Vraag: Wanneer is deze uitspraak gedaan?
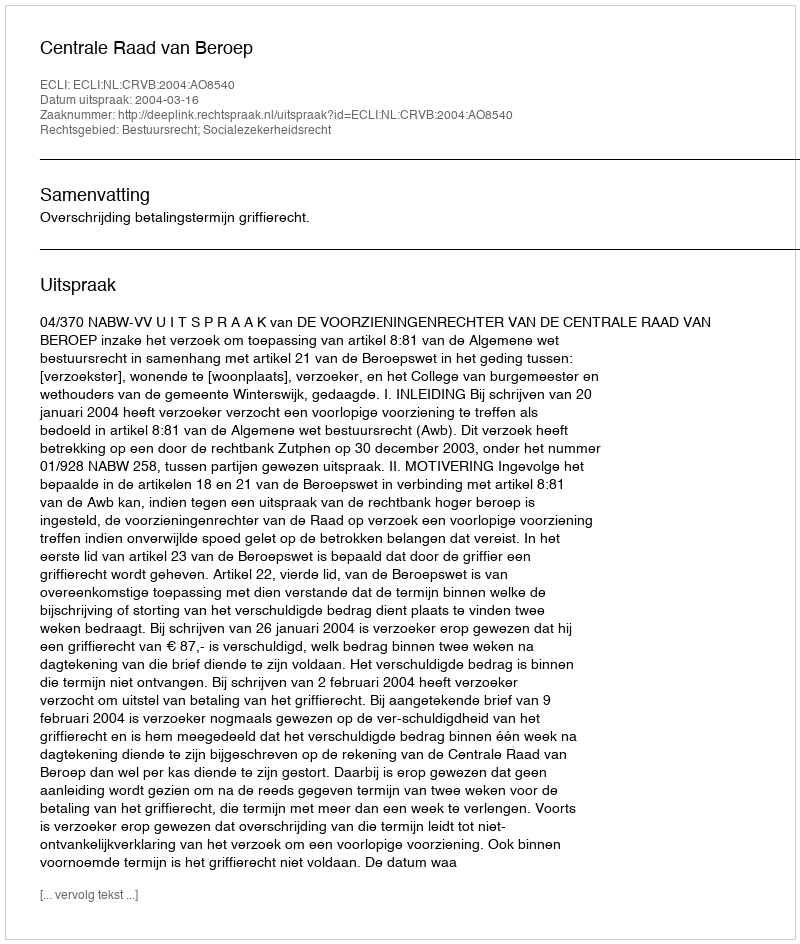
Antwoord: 2004-03-16